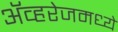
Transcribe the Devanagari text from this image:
ॲव्हरेजमध्ये